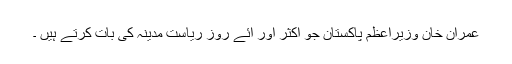
عمران خان وزیراعظم پاکستان جو اکثر اور آئے روز ریاست ِمدینہ کی بات کرتے ہیں ۔